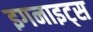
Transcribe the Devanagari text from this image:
इगनाइट्स